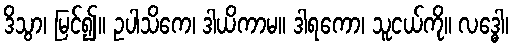
ဒိသွာ၊ မြင်၍။ ဥပါသိကေ၊ ဒါယိကာမ။ ဒါရကော၊ သူငယ်ကို။ လဒ္ဓေါ၊